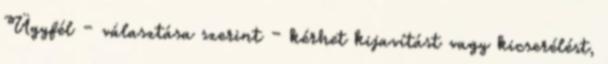
Ügyfél – választása szerint – kérhet kijavítást vagy kicserélést,